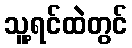
သူ့ရင်ထဲတွင်